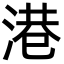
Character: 港